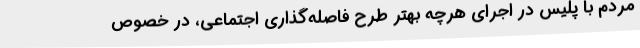
مردم با پلیس در اجرای هرچه بهتر طرح فاصله‌گذاری اجتماعی، در خصوص